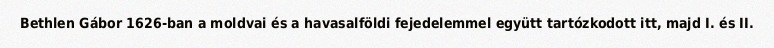
Bethlen Gábor 1626-ban a moldvai és a havasalföldi fejedelemmel együtt tartózkodott itt, majd I. és II.